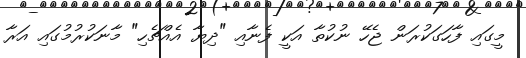
މީގައި ފާހަގަކުރަން ޖެހޭ ނުކުތާ އަކީ ފެނާއި "ދިޔާ އެއްޗެހި" މާނަކުރުމުގައި އަރާ